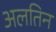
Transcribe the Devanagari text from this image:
अलतिन